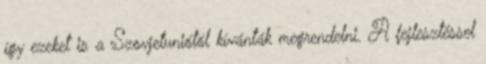
így ezeket is a Szovjetuniótól kívánták megrendelni. A fejlesztéssel